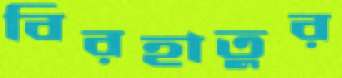
বিরহাতুর